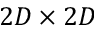
2 D \times 2 D